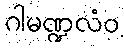
ဂါမဏ္ဍလံဝ